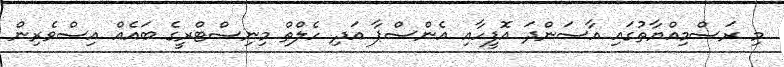
މި ރަސްމިއްޔާތުގައި އާސަންދަ އޮފީހާއި އެންސްޕާ އަދި ހެލްތް މިނިސްޓްރީގެ ބައެއް އިސްވެރިން